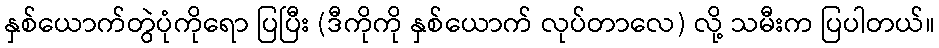
နှစ်ယောက်တွဲပုံကိုရော ပြပြီး (ဒီကိုကို နှစ်ယောက် လုပ်တာလေ) လို့ သမီးက ပြပါတယ်။